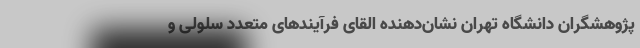
پژوهشگران دانشگاه تهران نشان‌دهنده القای فرآیندهای متعدد سلولی و